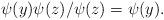
LaTeX: \begin{align*}\psi(y)\psi(z)/\psi(z) = \psi(y).\end{align*}